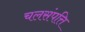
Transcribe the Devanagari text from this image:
चलसंपत्ति